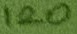
Text: 120